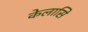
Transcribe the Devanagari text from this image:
केलासि